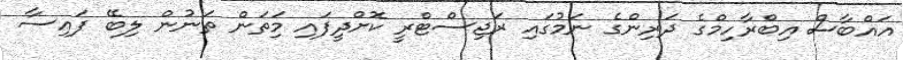
އައްބާސް އިބްރާހިމްގެ ދަރިންގެ ނަމުގައި ރަޖިސްޓްރީ ކޮށްދީފައި މިަތަން ތަނުން ލިބޭ ފައިސާ